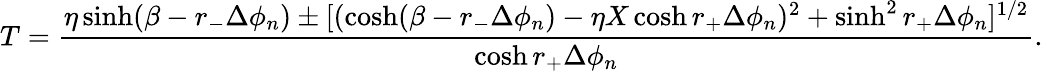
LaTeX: T={\frac{\eta\sinh(\beta-r_{-}\Delta\phi_{n})\pm[(\cosh(\beta-r_{-}\Delta\phi_{n})-\eta X\cosh r_{+}\Delta\phi_{n})^{2}+\sinh^{2}r_{+}\Delta\phi_{n}]^{1/2}}{\cosh r_{+}\Delta\phi_{n}}}.